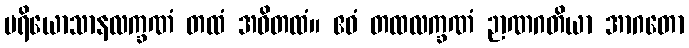
ပရိယောသာနလက္ခဏံ တထံ အဝိတထံ။ ဧဝံ တထလက္ခဏံ ဉာဏဂတိယာ အာဂတော